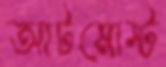
আটমোস্ট